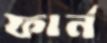
ফার্ন